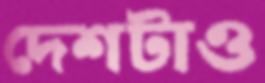
দেশটাও